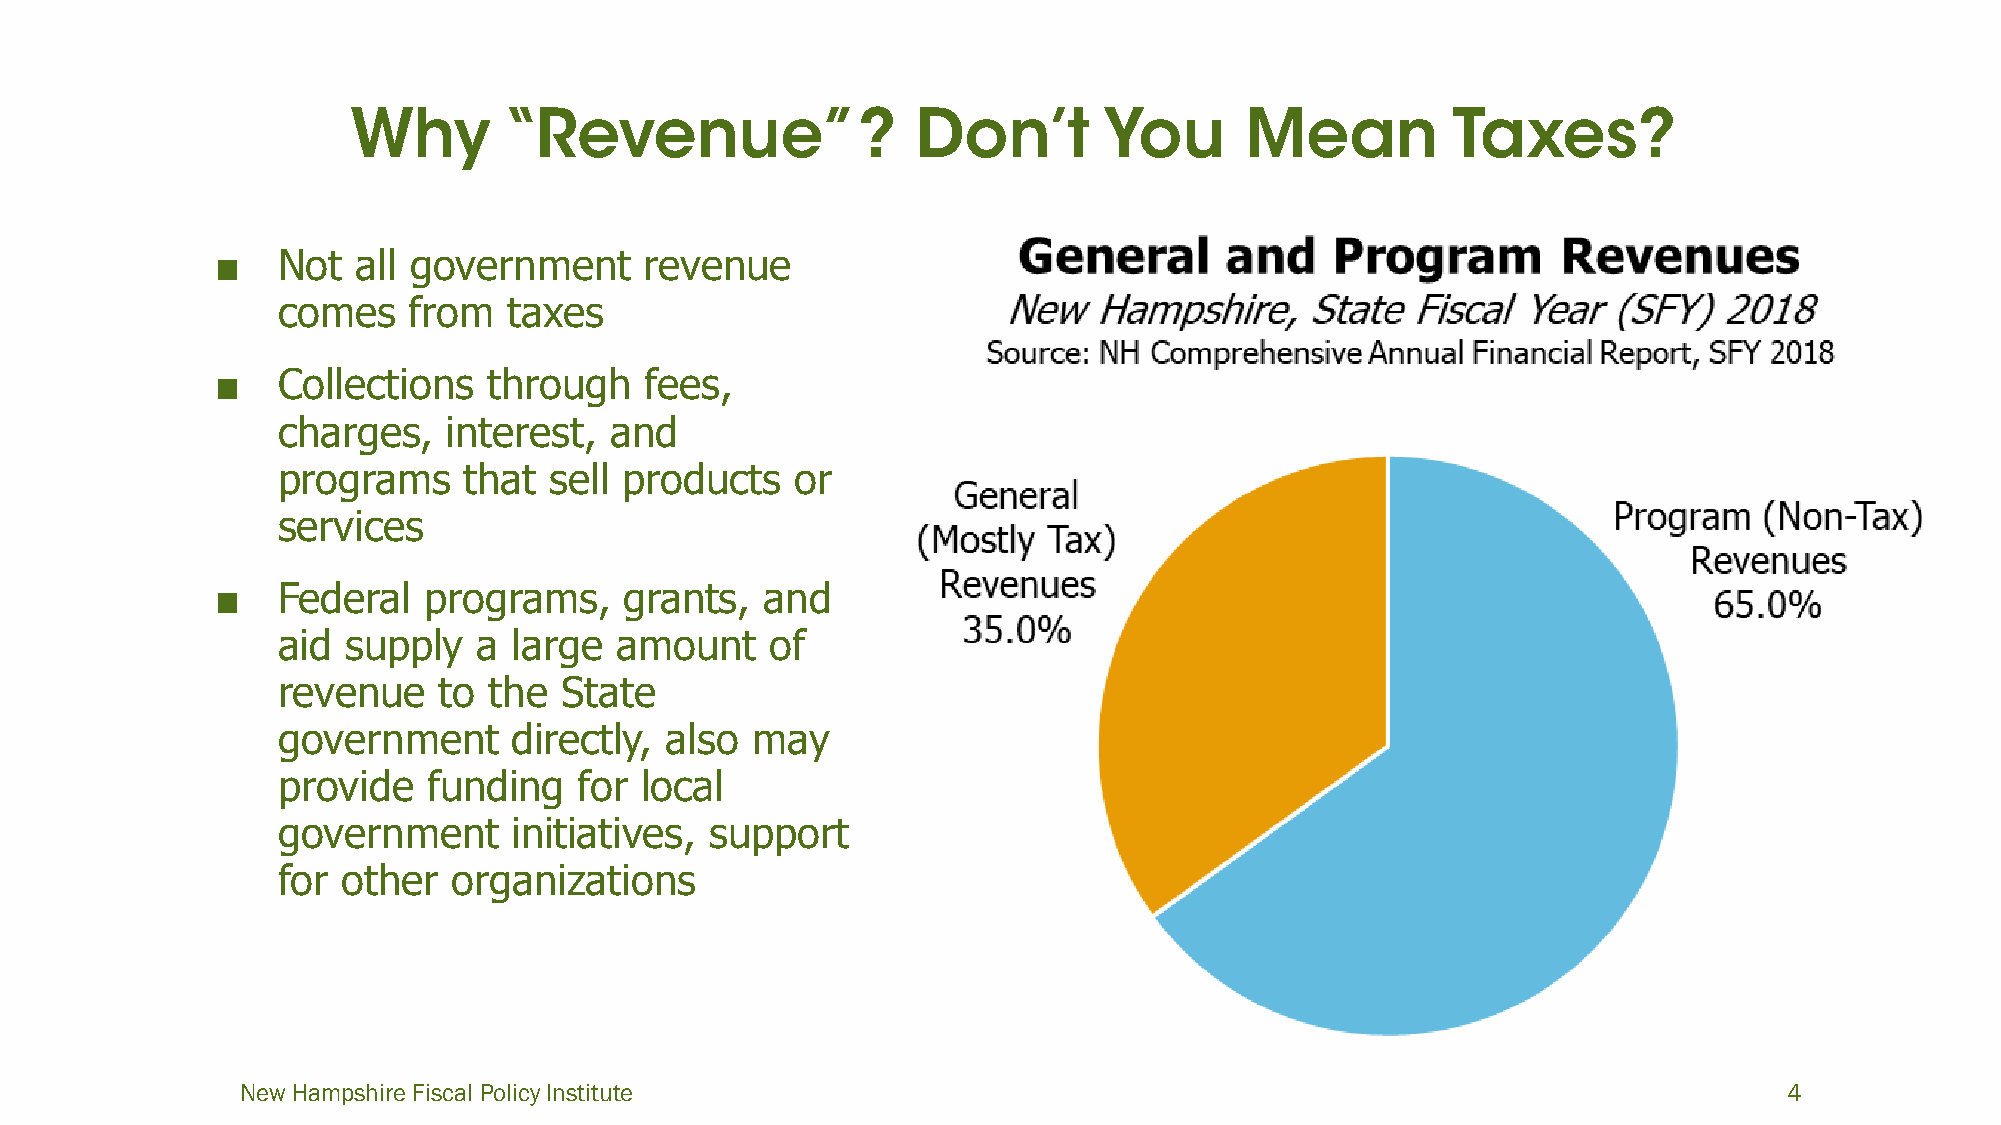
■   Not   all government     revenue
 comes    from   taxes
 ■   Collections   through    fees,
 charges,    interest, and
 programs     that sell products    or
 services
 ■   Federal   programs,    grants,   and
 aid  supply   a large  amount    of
 revenue    to the  State
 government      directly, also  may
 provide   funding   for local
 government      initiatives, support
 for  other  organizations
 New Hampshire Fiscal Policy Institute                                                                 4